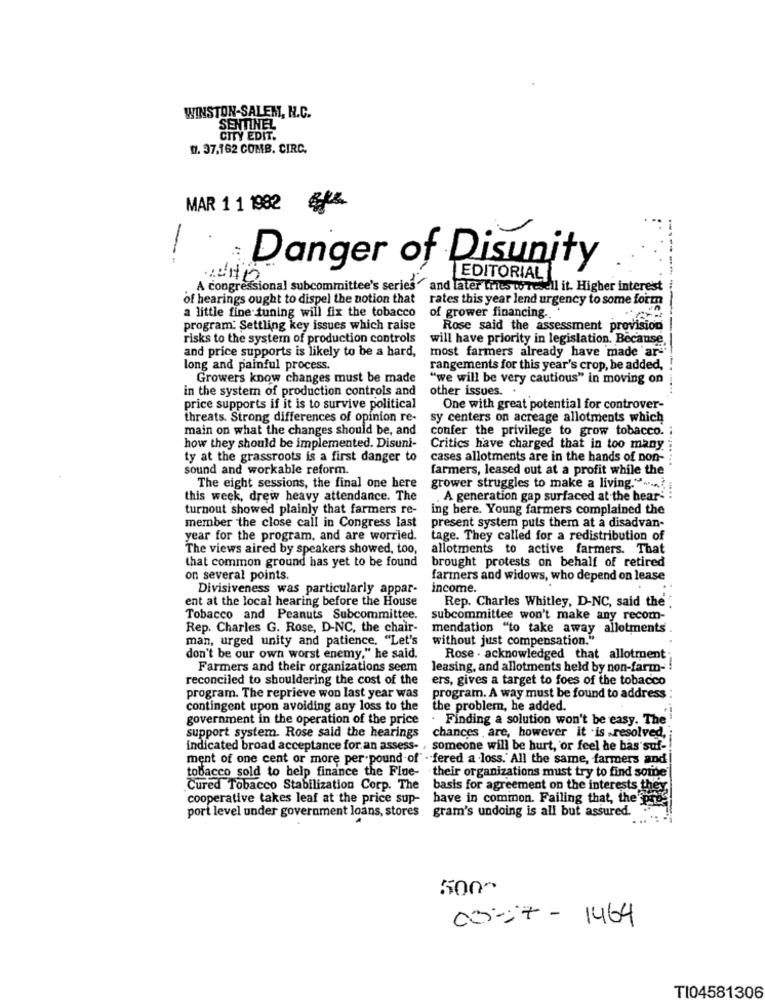
WINSTON-SALEM, H.C.
SENTINEL
CITY EDIT.
0. 37.162 COMB. CIRC.
MAR 1 1 1982
:
--
Danger of Disunity
LEDITORIAL
A congressional subcommittee's series " and later tries w revell it. Higher interest
of hearings ought to dispel the notion that rates this year lend urgency to some form
a little fine tuning will fix the tobacco
of grower financing.
program: Settling key issues which raise
Rose said the assessment provision
risks to the system of production controls will have priority in legislation. Because
and price supports is likely to be a hard, most farmers already have made ar"
long and painful process.
rangements for this year's crop, be added,
Growers know changes must be made
"we will be very cautious" in moving on
in the system of production controls and
other issues. .
price supports if it is to survive political
One with great potential for controver-
threats. Strong differences of opinion re-
sy centers on acreage allotments which
main on what the changes should be, and
confer the privilege to grow tobacco.
how they should be implemented. Disuni-
Critics have charged that in too many
ty at the grassroots is a first danger to
cases allotments are in the hands of non-
sound and workable reform.
farmers, leased out at a profit while the
The eight sessions, the final one here
grower struggles to make a living."" ..... .
this week, drew heavy attendance. The
. A generation gap surfaced at the heart :
turnout showed plainly that farmers re-
ing bere. Young farmers complained the
member the close call in Congress last
present system puls them at a disadvan-
year for the program, and are worried.
tage. They called for a redistribution of
The views aired by speakers showed, too,
allotments to active farmers. That
brought protests on behalf of retired
that common ground has yet to be found
on several points.
farmers and widows, who depend on lease
Divisiveness was particularly appar-
income.
ent at the local hearing before the House
Rep. Charles Whitley, D-NC, said the .
Tobacco and Peanuts Subcommittee.
subcommittee won't make any recom-
Rep. Charles G. Rose, D-NC, the chair-
mendation "to take away allotments
man, urged unity and patience. "Let's
without just compensation."
don't be our own worst enemy," he said.
Rose . acknowledged that allotment;
Farmers and their organizations seem
leasing, and allotments held by non-farm- !
reconciled to shouldering the cost of the
ers, gives a target to foes of the tobacco
program. The reprieve won last year was
program. A way must be found to address
contingent upon avoiding any loss to the
the problem, he added.
government in the operation of the price
. Finding a solution won't be easy. The
support system. Rose said the hearings
chances are, however it .is resolved,
indicated broad acceptance for.an assess- , someone will be hurt, or feel he has suf-
ment of one cent or more per-pound of" . fered a loss.' All the same, farmers and
tobacco sold to help finance the Flue- their organizations must try to find some'
Cured Tobacco Stabilization Corp. The
basis for agreement on the interests they
cooperative takes leaf at the price sup-
have in common. Failing that, the
port level under government loans, stores
gram's undoing is all but assured.
5000
00-27- 1464
TI04581306